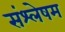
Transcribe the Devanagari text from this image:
संश्लेषम